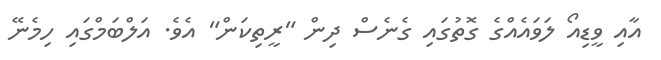
އާއި ވީޑިއޯ ލަވައެއްގެ ގޮތުގައި ގެނެސް ދިން "ރީތިކަން" އެވެ. އަލްބަމްގައި ހިމެނޭ